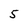
Character: 5